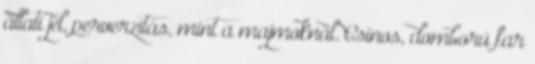
állati jel, perverzitás, mint a majmoknál. Csinos, domború far